Malaria in India - Number 2
Disease focus: Malaria
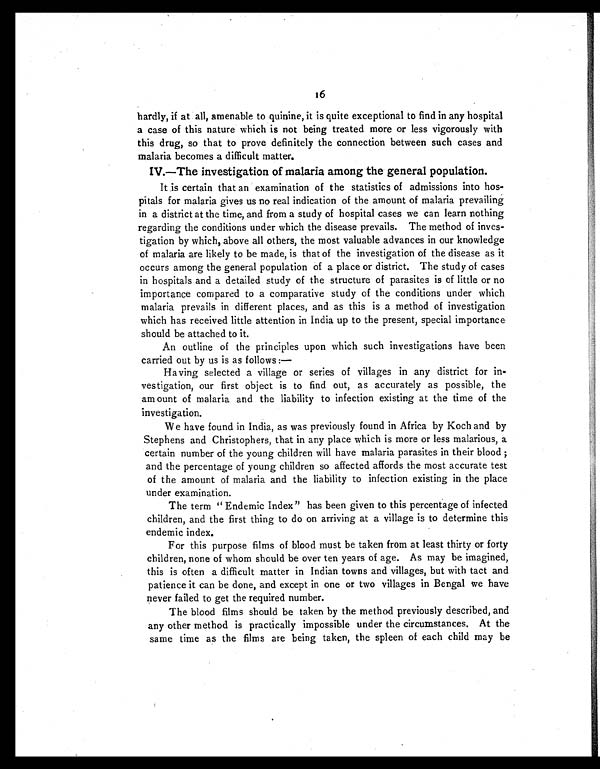
16
hardly, if at all, amenable to quinine, it is quite exceptional to find in any hospital
a case of this nature which is not being treated more or less vigorously with
this drug, so that to prove definitely the connection between such cases and
malaria becomes a difficult matter.
IV.—The investigation of malaria among the general population.
It is certain that an examination of the statistics of admissions into hos-
pitals for malaria gives us no real indication of the amount of malaria prevailing
in a district at the time, and from a study of hospital cases we can learn nothing
regarding the conditions under which the disease prevails. The method of inves-
tigation by which, above all others, the most valuable advances in our knowledge
of malaria are likely to be made, is that of the investigation of the disease as it
occurs among the general population of a place or district. The study of cases
in hospitals and a detailed study of the structure of parasites is of little or no
importance compared to a comparative study of the conditions under which
malaria prevails in different places, and as this is a method of investigation
which has received little attention in India up to the present, special importance
should be attached to it.
An outline of the principles upon which such investigations have been
carried out by us is as follows
:—
Having selected a village or series of villages in any district for in-
vestigation, our first object is to find out, as accurately as possible, the
amount of malaria and the liability to infection existing at the time of the
investigation.
We have found in India, as was previously found in Africa by Koch and by
Stephens and Christophers, that in any place which is more or less malarious, a
certain number of the young children will have malaria parasites in their blood;
and the percentage of young children so affected affords the most accurate test
of the amount of malaria and the liability to infection existing in the place
under examination.
The term "Endemic Index" has been given to this percentage of infected
children, and the first thing to do on arriving at a village is to determine this
endemic index.
For this purpose films of blood must be taken from at least thirty or forty
children, none of whom should be over ten years of age. As may be imagined,
this is often a difficult matter in Indian towns and villages, but with tact and
patience it can be done, and except in one or two villages in Bengal we have
never failed to get the required number.
The blood films should be taken by the method previously described, and
any other method is practically impossible under the circumstances. At the
same time as the films are being taken, the spleen of each child may be